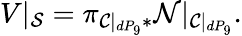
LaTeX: V|_{{\cal S}}=\pi_{{\cal C}|_{dP_{9}}*}{\cal N}|_{{\cal{C}}|_{dP_{9}}}.